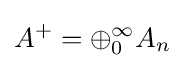
A^{+}=\oplus _{0}^{\infty }A_{n}